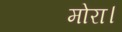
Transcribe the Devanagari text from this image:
मोरा।